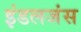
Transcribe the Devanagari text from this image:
इंडलजंस